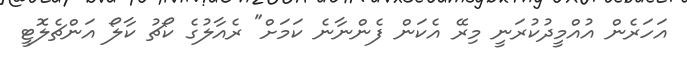
އަހަރެން އުއްމީދުކުރަނީ މިރޭ އެކަން ފެންނާނެ ކަމަށް" ރެއާލުގެ ކޯޗު ކާލޯ އަންޗެލޮޓީ